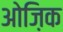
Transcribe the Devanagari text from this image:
ओज़िक